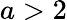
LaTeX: a>2